Report of the Bombay Plague Committee
Disease focus: Plague
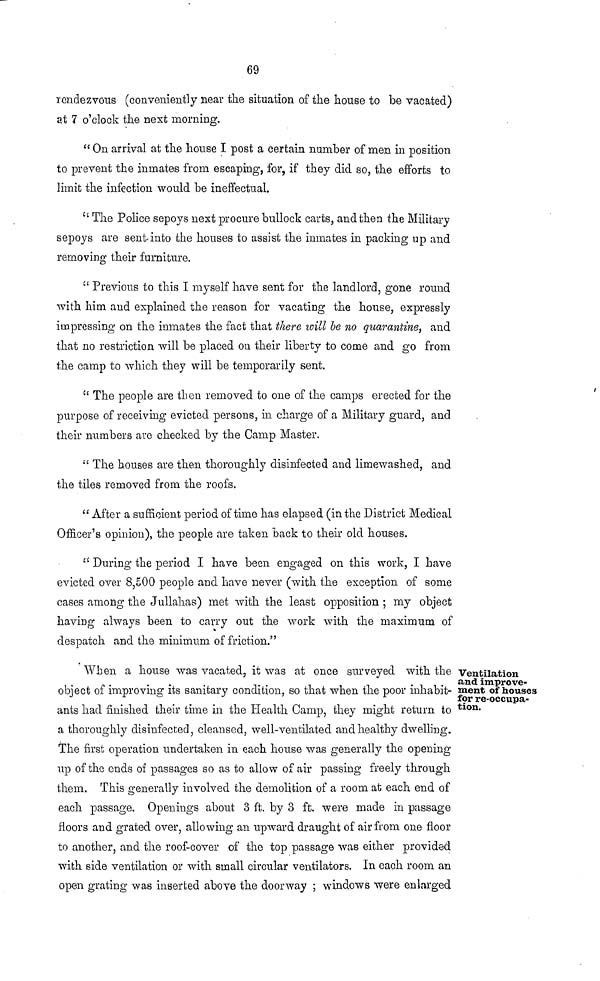
69
rendezvous (conveniently near the situation of the house to be vacated)
at 7 o'clock the next morning.
" On arrival at the house I post a certain number of men in position
to prevent the inmates from escaping, for, if they did so, the efforts to
limit the infection would be ineffectual.
" The Police sepoys next procure bullock carts, and then the Military
sepoys are sent into the houses to assist the inmates in packing up and
removing their furniture.
" Previous to this I myself have sent for the landlord, gone round
with him and explained the reason for vacating the house, expressly
impressing on the inmates the fact that there will be no quarantine, and
that no restriction will be placed on their liberty to come and go from
the camp to which they will be temporarily sent.
" The people are then removed to one of the camps erected for the
purpose of receiving evicted persons, in charge of a Military guard, and
their numbers are checked by the Camp Master.
" The houses are then thoroughly disinfected and limewashed, and
the tiles removed from the roofs.
" After a sufficient period of time has elapsed (in the District Medical
Officer's opinion), the people are taken back to their old houses.
" During the period I have been engaged on this work, I have
evicted over 8,500 people and have never (with the exception of some
cases among the Jullahas) met with the least opposition ; my object
having always been to carry out the work with the maximum of
despatch and the minimum of friction."
Ventilation
and improve-
ment of houses
for re-occupa-
tion.
When a house was vacated, it was at once surveyed with the
object of improving its sanitary condition, so that when the poor inhabit-
ants had finished their time in the Health Camp, they might return to
a thoroughly disinfected, cleansed, well-ventilated and healthy dwelling.
The first operation undertaken in each house was generally the opening
up of the ends of passages so as to allow of air passing freely through
them. This generally involved the demolition of a room at each end of
each passage. Openings about 3 ft. by 3 ft. were made in passage
floors and grated over, allowing an upward draught of air from one floor
to another, and the roof-cover of the top passage was either provided
with side ventilation or with small circular ventilators. In each room an
open grating was inserted above the doorway ; windows were enlarged